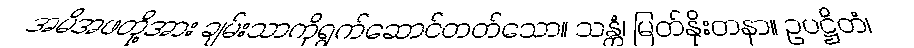
အမိအဖတို့အား ချမ်းသာကိုရွက်ဆောင်တတ်သော။ သန္တံ၊ မြတ်နိုးတနာ။ ဥပဋ္ဌိတံ၊